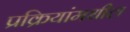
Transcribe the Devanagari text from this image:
प्रक्रियांमधील